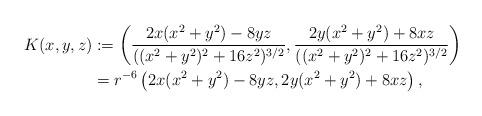
LaTeX: \begin{align*} K(x,y,z) & :=\left( \frac{2 x (x^2+y^2) - 8 yz}{((x^2+y^2)^2+16 z^2)^{3/2}}, \frac{2 y(x^2+y^2)+ 8xz}{((x^2+y^2)^2+16 z^2)^{3/2}} \right)\\ &= r^{-6} \left(2x (x^2+y^2)-8yz, 2 y(x^2+y^2) + 8 xz \right),\end{align*}